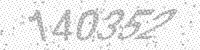
Solution: 140352